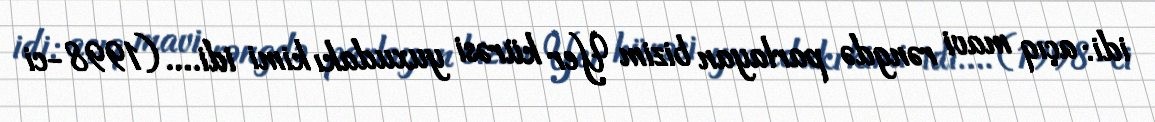
idi: açıq mavi rəngdə parlayan bizim Yer kürəsi yuxudakı kimi idi.... (1998-ci